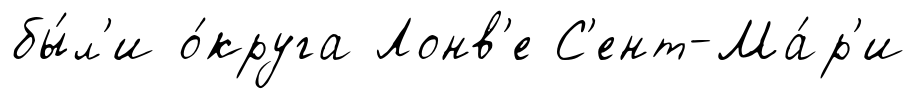
бы́л'и о́круга Лонв'е С'ент-Ма́р'и